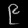
Digit: ၉